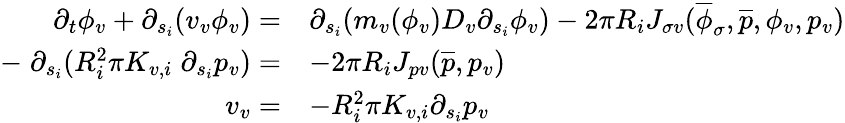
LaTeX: \begin{array}{rl}{\partial_{t}\phi_{v}+\partial_{s_{i}}(v_{v}\phi_{v})=}&{\partial_{s_{i}}(m_{v}(\phi_{v})D_{v}\partial_{s_{i}}\phi_{v})-2\pi R_{i}J_{\sigma v}(\overline{\phi}_{\sigma},\overline{p},\phi_{v},p_{v})}\\ {-\; \partial_{s_{i}}(R_{i}^{2}\pi K_{v,i}\; \partial_{s_{i}}p_{v})=}&{-2\pi R_{i}J_{pv}(\overline{{p}},p_{v})}\\ {v_{v}=}&{-R_{i}^{2}\pi K_{v,i}\partial_{s_{i}}p_{v}}\end{array}